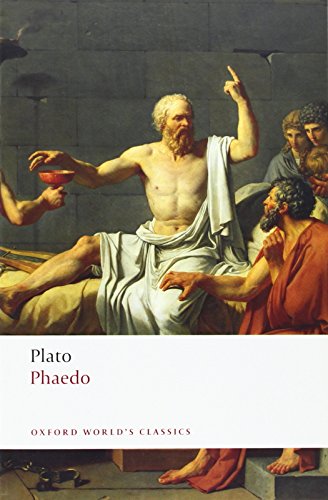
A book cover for Phaedo (Oxford World's Classics); Plato; Literature & Fiction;